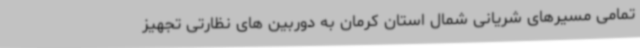
تمامی مسیرهای شریانی شمال استان کرمان به دوربین های نظارتی تجهیز